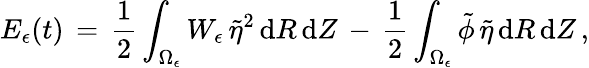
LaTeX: E_{\epsilon}(t)\, =\, \frac 12\int_{\Omega_{\epsilon}}W_{\epsilon}\, \tilde{\eta}^{2}\, \mathrm{d}R\, \mathrm{d}Z\, -\, \frac 12\int_{\Omega_{\epsilon}}\tilde{\phi}\, \tilde{\eta}\, \mathrm{d}R\, \mathrm{d}Z\, ,